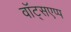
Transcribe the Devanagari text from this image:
वॉट्सएप्प